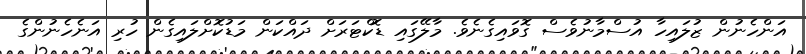
އަންހެނުން ޒުލައިހާ އުސްމާނުވެސް ގޮވައިގެނެވެ. މާލޭގައި ޑޮކްޓަރަށް ދައްކަން މަޑުކޮށްލައިގެން ހުރި އަނެހެނުންގެ